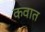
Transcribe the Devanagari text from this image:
कवात